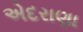
એદરાણા